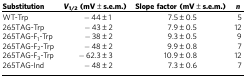
| Substitution | V1/2 (mV±s.e.m.) | Slope factor (mV±s.e.m.) | n |
 | --- | --- | --- | --- |
 | WT-Trp | −44±1 | 7.5±0.5 | 5 |
 | 265TAG-Trp | −43±2 | 7.9±0.5 | 12 |
 | 265TAG-F1-Trp | −38±2 | 9.3±0.5 | 9 |
 | 265TAG-F2-Trp | −48±2 | 9.9±0.8 | 7 |
 | 265TAG-F3-Trp | −62.3±3 | 10.9±0.8 | 12 |
 | 265TAG-Ind | −48±2 | 7.3±0.6 | 7 |